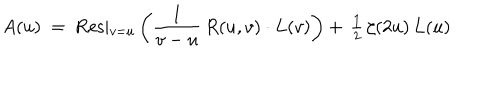
LaTeX: A ( u ) ~ = ~ \mathrm { R e s } \vert _ { v = u } ^ { } \left( { \frac { 1 } { v - u } } \, R ( u , v ) \cdot L ( v ) \right) + \, { \textstyle { \frac { 1 } { 2 } } } \, \zeta ( 2 u ) \, L ( u )